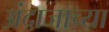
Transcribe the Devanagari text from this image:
अंदाजाच्या